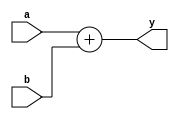
module il_add #(
  parameter NBITS  = 4,
  parameter PBITS  = 2
 ) (
  input  [NBITS+PBITS+2 :0] a,
  input  [NBITS+PBITS+2 :0] b,
  output [NBITS+PBITS+3 :0] y
);

assign y = a + b;

endmodule